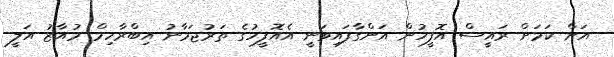
އަށް ކަމަށް ރައީސް އޮފީހުން އަންގާފައިވަނީ އެއޮފީހުގެ ތަރުޖަމާނު އިބްރާހިމް މުއާޒު އަލީ